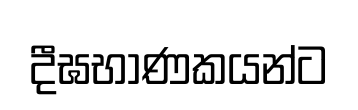
දීඝභාණකයන්ට